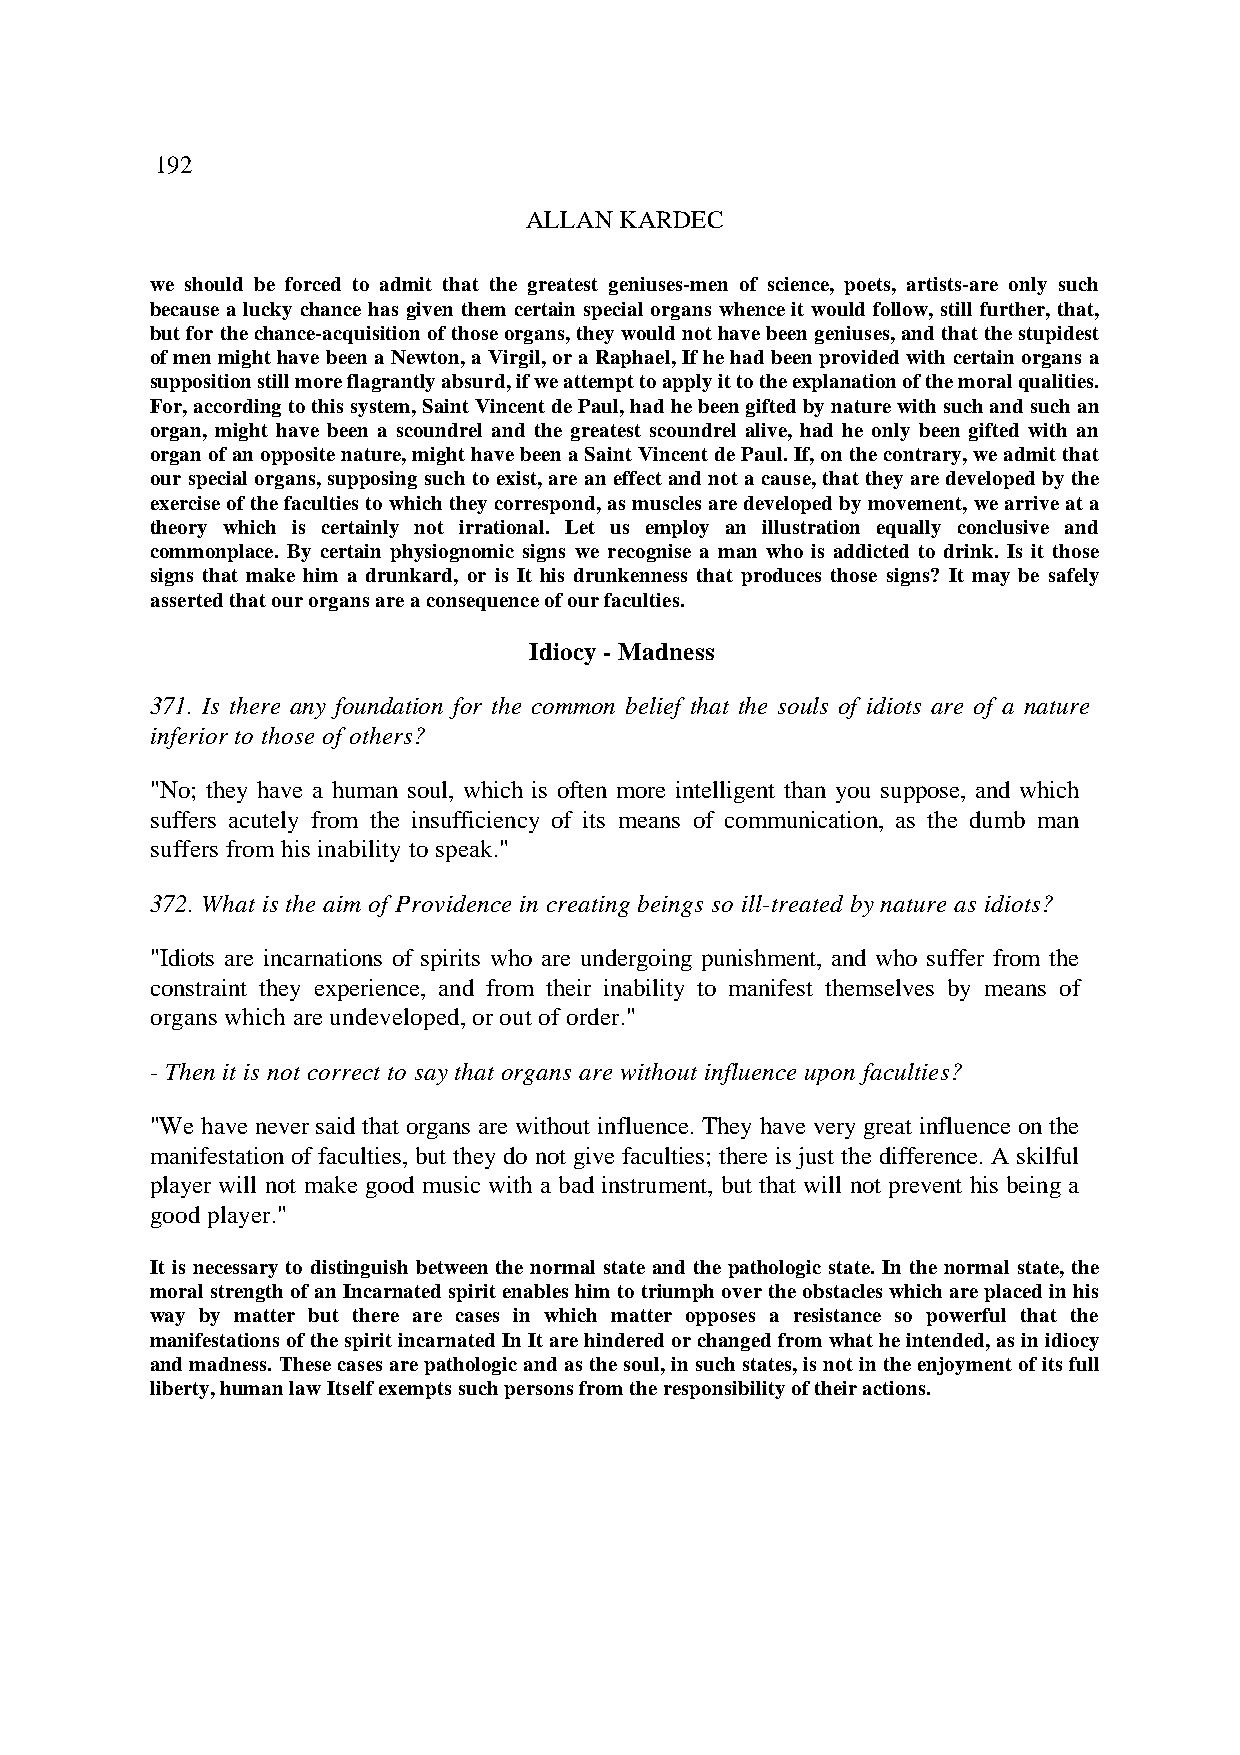
192
 ALLAN KARDEC
 we should be forced to admit that the greatest geniuses-men of science, poets, artists-are only such
 because a lucky chance has given them certain special organs whence it would follow, still further, that,
 but for the chance-acquisition of those organs, they would not have been geniuses, and that the stupidest
 of men might have been a Newton, a Virgil, or a Raphael, If he had been provided with certain organs a
 supposition still more flagrantly absurd, if we attempt to apply it to the explanation of the moral qualities.
 For, according to this system, Saint Vincent de Paul, had he been gifted by nature with such and such an
 organ, might have been a scoundrel and the greatest scoundrel alive, had he only been gifted with an
 organ of an opposite nature, might have been a Saint Vincent de Paul. If, on the contrary, we admit that
 our special organs, supposing such to exist, are an effect and not a cause, that they are developed by the
 exercise of the faculties to which they correspond, as muscles are developed by movement, we arrive at a
 theory which is certainly not irrational. Let us employ an illustration equally conclusive and
 commonplace. By certain physiognomic signs we recognise a man who is addicted to drink. Is it those
 signs that make him a drunkard, or is It his drunkenness that produces those signs? It may be safely
 asserted that our organs are a consequence of our faculties.
 Idiocy - Madness
 371. Is there any foundation for the common belief that the souls of idiots are of a nature
 inferior to those of others?
 "No; they have a human soul, which is often more intelligent than you suppose, and which
 suffers acutely from the insufficiency of its means of communication, as the dumb man
 suffers from his inability to speak."
 372. What is the aim of Providence in creating beings so ill-treated by nature as idiots?
 "Idiots are incarnations of spirits who are undergoing punishment, and who suffer from the
 constraint they experience, and from their inability to manifest themselves by means of
 organs which are undeveloped, or out of order."
 - Then it is not correct to say that organs are without influence upon faculties?
 "We have never said that organs are without influence. They have very great influence on the
 manifestation of faculties, but they do not give faculties; there is just the difference. A skilful
 player will not make good music with a bad instrument, but that will not prevent his being a
 good player."
 It is necessary to distinguish between the normal state and the pathologic state. In the normal state, the
 moral strength of an Incarnated spirit enables him to triumph over the obstacles which are placed in his
 way by matter but there are cases in which matter opposes a resistance so powerful that the
 manifestations of the spirit incarnated In It are hindered or changed from what he intended, as in idiocy
 and madness. These cases are pathologic and as the soul, in such states, is not in the enjoyment of its full
 liberty, human law Itself exempts such persons from the responsibility of their actions.